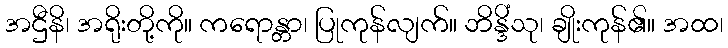
အဌီနိ၊ အရိုးတို့ကို။ ကရောန္တာ၊ ပြုကုန်လျက်။ ဘိန္ဒိံသု၊ ချိုးကုန်၏။ အထ၊